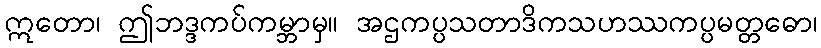
ဣတော၊ ဤဘဒ္ဒကပ်ကမ္ဘာမှ။ အဌကပ္ပသတာဒိကသဟဿကပ္ပမတ္တဓော၊